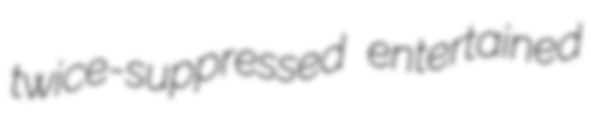
twice-suppressed entertained